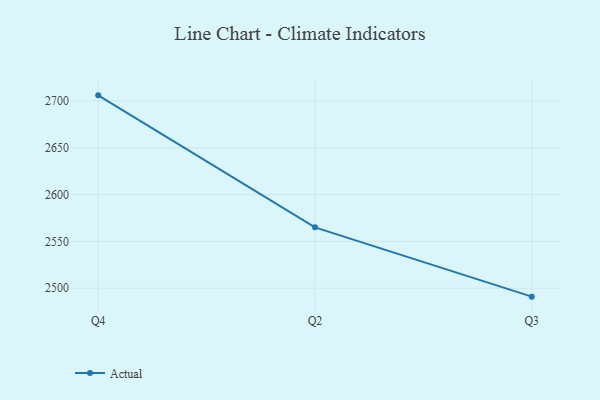
{"axis": {"x": "Quarter", "y": "Page Views"}, "legend": ["Actual"], "data": [{"x": "Q4", "y": 2706.0, "type": "Actual"}, {"x": "Q2", "y": 2565.0, "type": "Actual"}, {"x": "Q3", "y": 2491.0, "type": "Actual"}]}